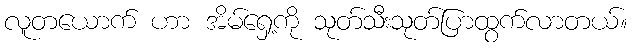
လူတယောက် ဟာ အိမ်ရှေ့ကို သုတ်သီးသုတ်ပြာထွက်လာတယ်။